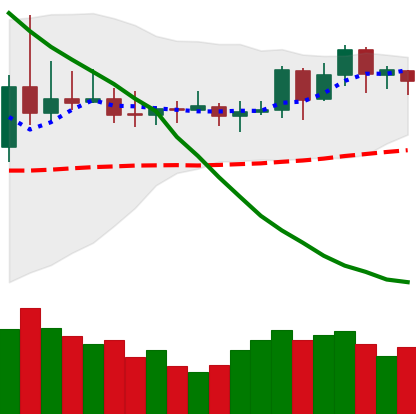
Ticker: DOGE-USD
Chart end date: 2019-11-13
Forward return: -4.522%
Label: down_3_5